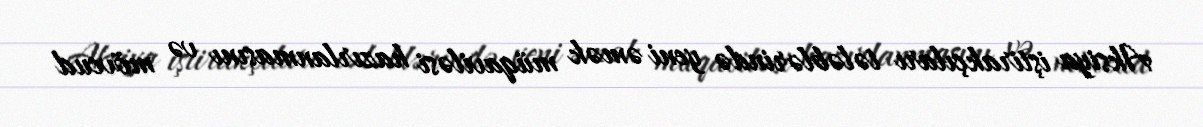
Aksiya iştirakçıları tələblərində yeni əmək müqaviləsi hazırlanmasını və mövcud